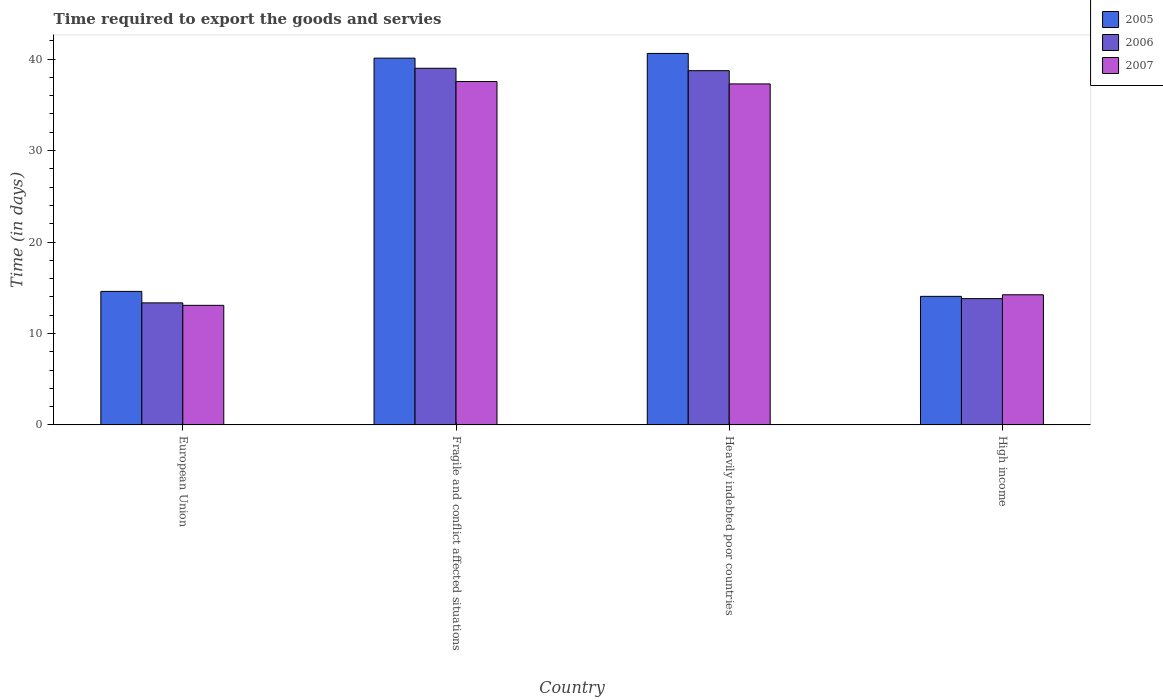
| Country | 2005 | 2006 | 2007 |
 | --- | --- | --- | --- |
 | European Union | 14.6 | 13.3 | 13.1 |
 | Fragile and conflict affected situations | 40.1 | 39 | 37.6 |
 | Heavily indebted poor countries | 40.6 | 38.7 | 37.3 |
 | High income | 14.1 | 13.8 | 14.2 |